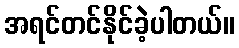
အရင်တင်နိုင်ခဲ့ပါတယ်။